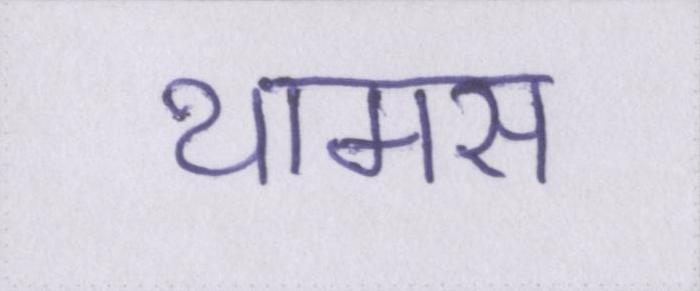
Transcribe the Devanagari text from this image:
थामस